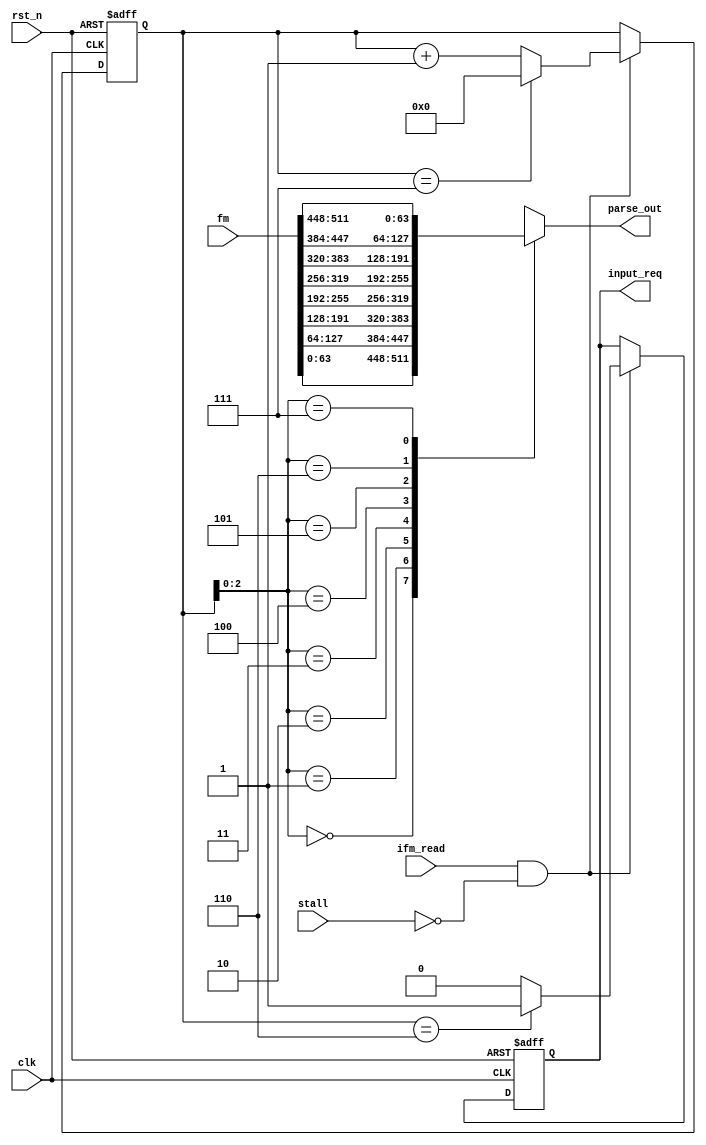
module parser #(
    parameter INPUT_WIDTH = 512,
    parameter OUTPUT_WIDTH = 64,
    parameter MAX_CNT = INPUT_WIDTH/OUTPUT_WIDTH
)(
    input clk,
    input rst_n,

    input [INPUT_WIDTH-1:0] fm,
    input ifm_read,
//    input init_word, //first hand_shake of axis after conv_start assert

    output [OUTPUT_WIDTH-1:0] parse_out,
    output reg input_req,


    input stall
);
    reg [5:0] cnt;

    reg [OUTPUT_WIDTH-1:0] r_parse [MAX_CNT-1:0];
    reg [OUTPUT_WIDTH-1:0] r_parse_out;

    integer i;
    always @(*) begin
        for(i = 0; i < MAX_CNT; i=i+1) begin
            r_parse[i] <= fm[i*OUTPUT_WIDTH +: OUTPUT_WIDTH];
        end
    end

    always @(*) begin
        r_parse_out <= r_parse[cnt];
    end

    assign parse_out = r_parse_out;

    always @(posedge clk, negedge rst_n) begin
        if(!rst_n) begin
            input_req <= 0;
//            r_parse_out <= 0;
            cnt <= 0;
        end else begin
            if (ifm_read & !stall) begin
                input_req <= (cnt == MAX_CNT - 2) ? 1 : 0;
                cnt <= (cnt == MAX_CNT-1) ? 0 : cnt + 1;
            end
        end
    end

endmodule